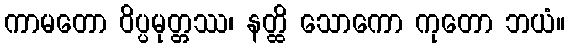
ကာမတော ဝိပ္ပမုတ္တဿ၊ နတ္ထိ သောကော ကုတော ဘယံ။